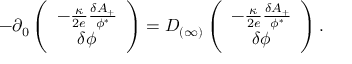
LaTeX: - \partial _ { 0 } \left( \begin{array} { c } { { - { \frac { \kappa } { 2 e } } { \frac { \delta A _ { + } } { \phi ^ { * } } } } } \\ { { \delta \phi } } \end{array} \right) = D _ { ( \infty ) } \left( \begin{array} { c } { { - { \frac { \kappa } { 2 e } } { \frac { \delta A _ { + } } { \phi ^ { * } } } } } \\ { { \delta \phi } } \end{array} \right) .